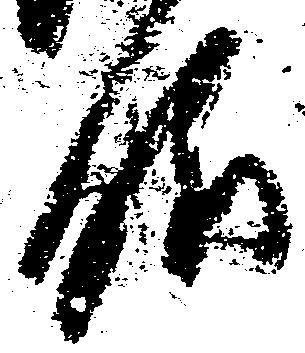
眼